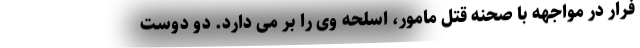
فرار در مواجهه با صحنه قتل مامور، اسلحه وی را بر می دارد. دو دوست